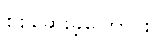
စစ်ဆေးခဲ့ကြောင်း